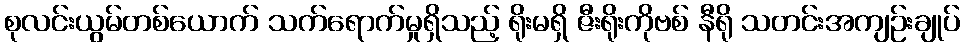
စုလင်းယွမ်တစ်ယောက် သက်ရောက်မှုရှိသည့် ရိုးမရှိ ဇီးရိုးကိုဗစ် နီရို သတင်းအကျဉ်းချုပ်